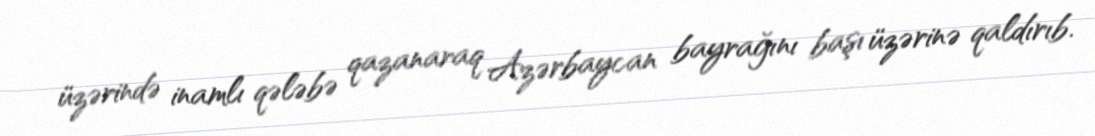
üzərində inamlı qələbə qazanaraq Azərbaycan bayrağını başı üzərinə qaldırıb.